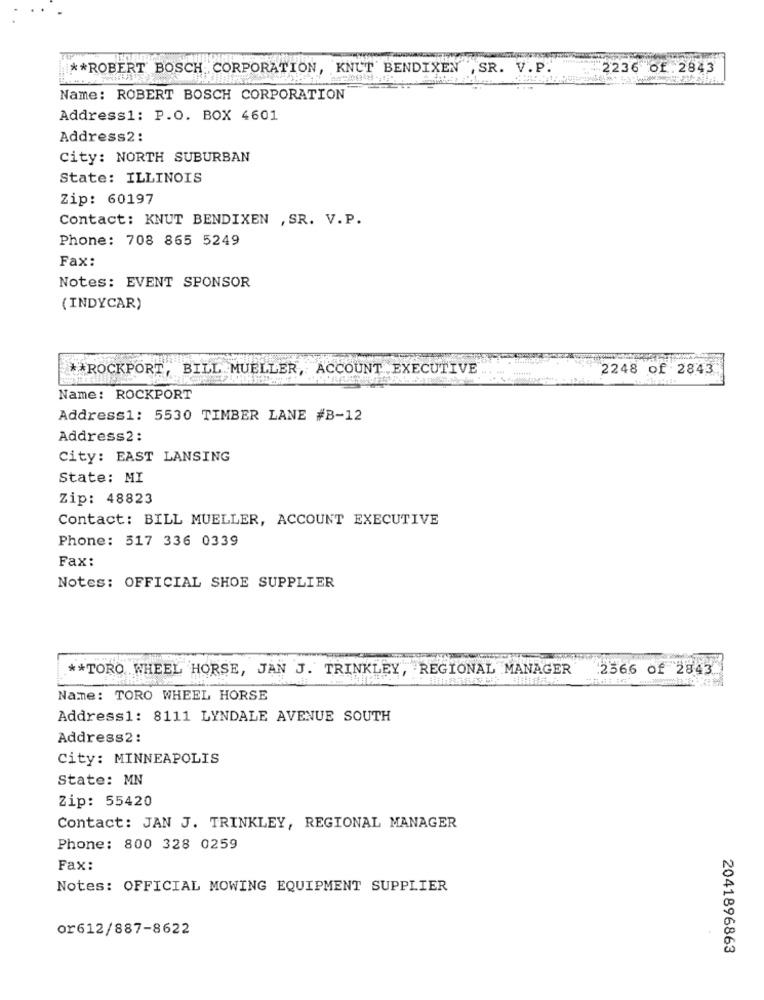
** ROBERT BOSCH CORPORATION, KNUT BENDIXEN , SR. V.P.
2236 Of.2843
Name: ROBERT BOSCH CORPORATION
Address1: P.O. BOX 4601
Address2:
City: NORTH SUBURBAN
State: ILLINOIS
Zip: 60197
Contact: KNUT BENDIXEN , SR. V.P.
Phone: 708 865 5249
Fax:
Notes: EVENT SPONSOR
(INDYCAR)
** ROCKPORT, BILL MUELLER, ACCOUNT EXECUTIVE
2248 of 2843
Name: ROCKPORT
Address1: 5530 TIMBER LANE #B-12
Address2:
City: EAST LANSING
State: MI
Zip: 48823
Contact: BILL MUELLER, ACCOUNT EXECUTIVE
Phone: 517 336 0339
Fax:
Notes: OFFICIAL SHOE SUPPLIER
** TORO WHEEL HORSE, JAN J. TRINKLEY, REGIONAL MANAGER
:2566 of 2843
Name: TORO WHEEL HORSE
Address1: 8111 LYNDALE AVENUE SOUTH
Address2:
City: MINNEAPOLIS
State: MN
Zip: 55420
Contact: JAN J. TRINKLEY, REGIONAL MANAGER
Phone: 800 328 0259
Fax:
Notes: OFFICIAL MOWING EQUIPMENT SUPPLIER
or612/887-8622
2041896863